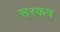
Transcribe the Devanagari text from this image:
सरकष